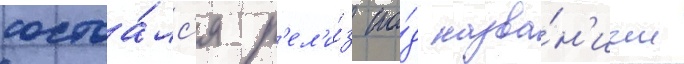
состоа́лс'я р'ел'и́з по́д назва́н'ием